Scientific memoirs by medical officers of the Army of India - Part XII,
Year: 1901
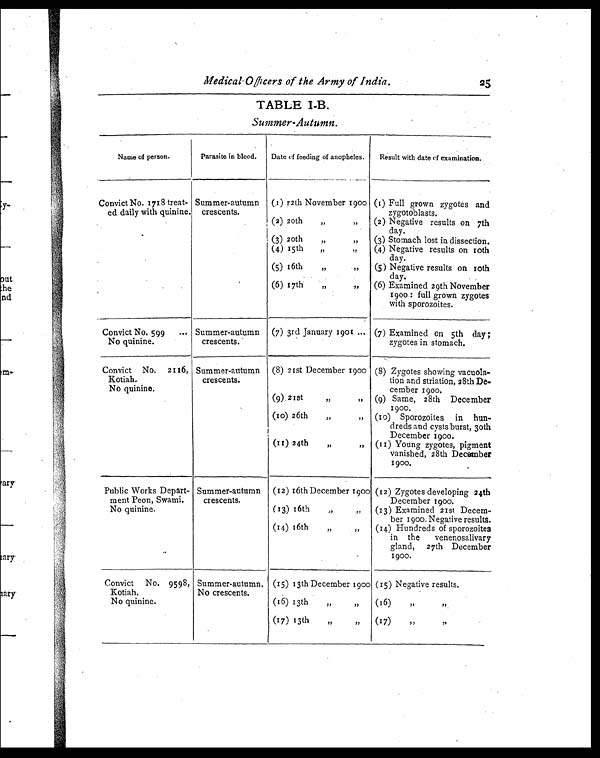
Medical Officers of the Army of India.
25
T A B L E I - B .
Summer-Autumn.
Name of person.
Parasite in blood.
Date of feeding of anopheles.
Result with date of examination.
Convict No. 1718 treat-
ed daily with quinine.
Summer-autumn
crescents.
(1) r2th November 1900 (1) Full grown zygotes and
zygotoblasts.
(2) 20th ,,
,,
(2) Negative results on 7th d a y
(3) 20th ,,
,,
(3) Stomach lost in dissection.
(4) 15th „
,,
(4) Negative results on 10th
day.
(5) 16th ,,
„
(5) Negative results on 10th
day.
(6) 17th ,,
,,
(6) Examined 29th November
1900.: full grown zygotes
with sporozoites.
Convict No, 599
...
No quinine.
Summer-autumn
crescents.
(7) 3rd January 1901 ... (7) Examined on 5th day;
zygotes in stomach.
Convict No. 2116,
Kotiah.
No quinine.
Summer-autumn
crescents.
(8) 21st December 1900 (8) Zygotes showing vacuola-
tion and striation, 28th De-
cember 1900.
(9) 21st ,,
,, (9) Same, 28th December
1900.
(10) 26th ,,
,, (10) Sporozoites in hun-
dreds and cysts burst, 30th
December 1900.
(11) 24th ,,
„ (11) Young zygotes, pigment
vanished, 28th December
1900.
Public Works Depart-
ment Peon, Swami.
Summer-autumn
crescents.
(12) 16th December 1900 (12) Zygotes developing 24th
December 1900.
No quinine.
(13) 16th "
"
( 1 3 ) E x a m i n e d 2 1 S t D e c e m -
b er 1900. Negative results.
(14) 16th "
"
(14) Hundreds of sporozoites
in the venenosalivary
gland, 27th December
1900.
Convict No. 9598, Summer-autumn. (15) 13th December 1900 (15) Negative results.
Kotiah.
No crescents.
No quinine.
(16) 13th „
„
(16) " "
(17) 13th ,, , ,
(17) ,,
,,